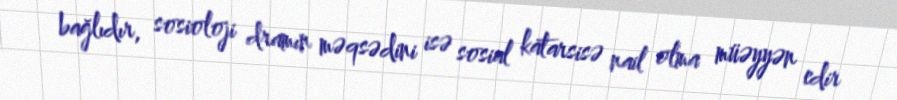
bağlıdır, sosioloji dramın məqsədini isə sosial katarsisə nail olma müəyyən edir